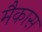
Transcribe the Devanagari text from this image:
मैकास